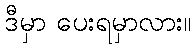
ဒီမှာ ပေးရမှာလား။